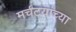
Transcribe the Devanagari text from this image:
मर्चंटयांच्या